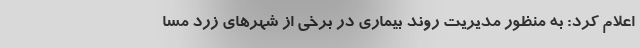
اعلام کرد: به­ منظور مدیریت روند بیماری در برخی از شهرهای زرد مسا